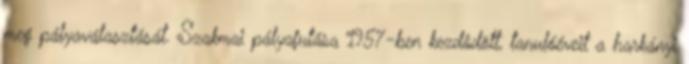
meg pályaválasztását. Szakmai pályafutása 1957-ben kezdôdött, tanulóéveit a harkányi